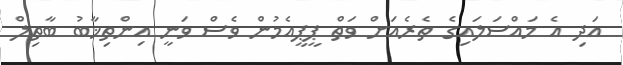
އަދި އެ މައްސަލައިގެ ތެރެއަށް ވަތް ޕީޕީއެމުން ވެސް ވަނީ އިންތިޚާބު ބާތިލް